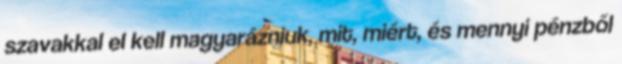
szavakkal el kell magyarázniuk, mit, miért, és mennyi pénzből